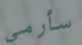
سأرمي